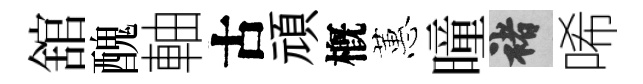
舘醜軸古頑槪蕙曈褚唏